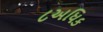
૮અધિક